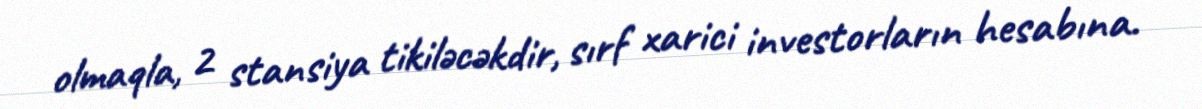
olmaqla, 2 stansiya tikiləcəkdir, sırf xarici investorların hesabına.